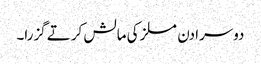
دوسرا دن مسلز کی مالش کرتے گزرا۔